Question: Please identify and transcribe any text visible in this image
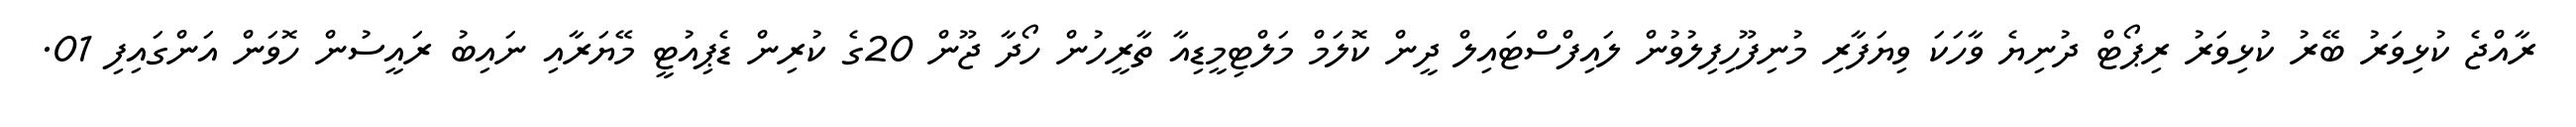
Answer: ރާއްޖެ ކުޅިވަރު ބޭރު ކުޅިވަރު ރިޕޯޓް ދުނިޔެ ވާހަކަ ވިޔަފާރި މުނިފޫހިފިލުވުން ލައިފްސްޓައިލް ދީން ކޮލަމް މަލްޓިމީޑިއާ ތާރީހުން ހޯދާ ޖޫން 20ގެ ކުރިން ޑެޕިއުޓީ މޭޔަރާއި ނައިބު ރައީސުން ހޮވަން އަންގައިފި 01.